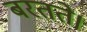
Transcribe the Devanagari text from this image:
बरतते।